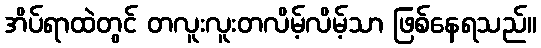
အိပ်ရာထဲတွင် တလူးလူးတလိမ့်လိမ့်သာ ဖြစ်နေရသည်။